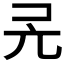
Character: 𠑻